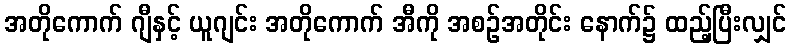
အတိုကောက် ဂျီနှင့် ယူဂျင်း အတိုကောက် အီကို အစဉ်အတိုင်း နောက်၌ ထည့်ပြီးလျှင်